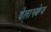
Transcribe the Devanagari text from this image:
वेलाझ्क्वेज